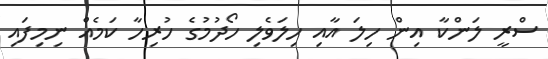
ސްރީ ލަންކާ އިން ހިލަ އާއި ހިލަވެލި ހޯދުމުގެ ހުރިހާ ކަމެއް ނިމިފައި